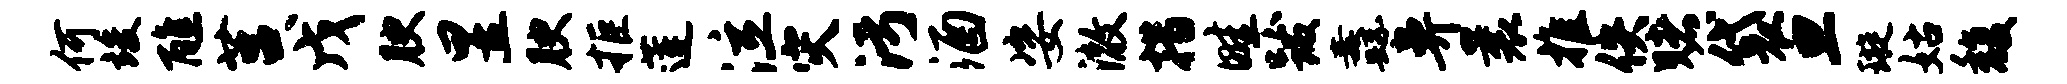
何竣醮莒戊腴昱腴拒莲泣灾污酒姿澈措畦跋纛鼻曩推佚赌袋旦璇姑馥